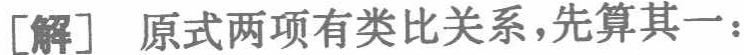
[解] 原式两项有类比关系,先算其一：